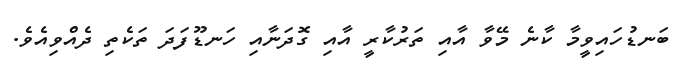
ބަނޑުހައިވީމާ ކާނެ މޭވާ އާއި ތަރުކާރީ އާއި ގޮދަނާއި ހަނޑޫފަދަ ތަކެތި ދެއްވިއެވެ.